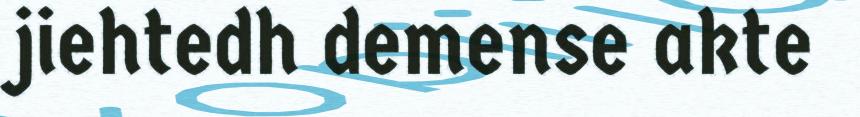
jiehtedh demense akte